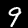
Digit: 9